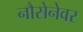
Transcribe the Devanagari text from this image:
नौसेनेवर